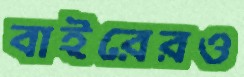
বাইরেরও